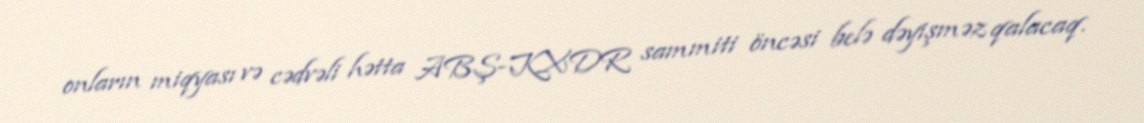
onların miqyası və cədvəli hətta ABŞ-KXDR sammiti öncəsi belə dəyişməz qalacaq.